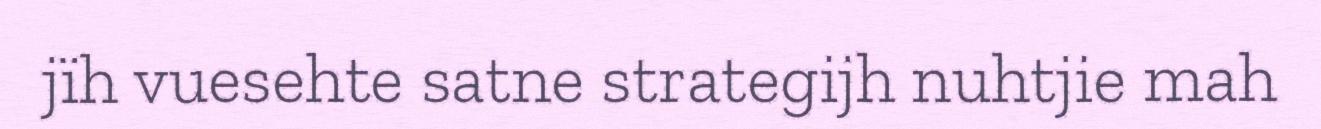
jïh vuesehte satne strategijh nuhtjie mah